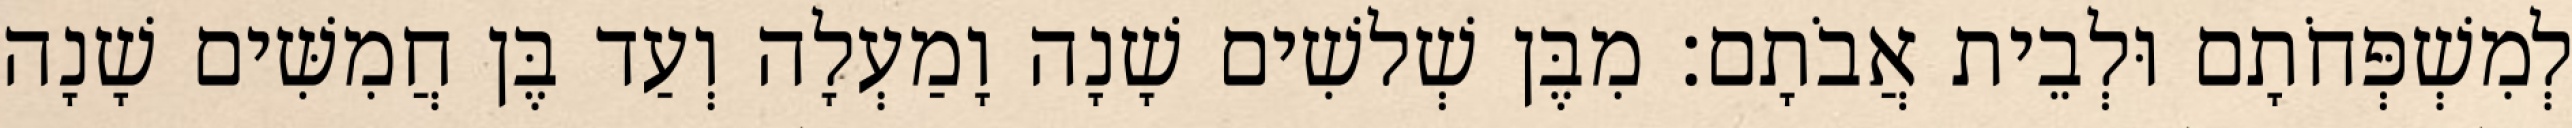
לְמִשְׁפְּחֹתָם וּלְבֵית אֲבֹתָם׃ מִבֶּן שְׁלשִׁים שָׁנָה וָמַעְלָה וְעַד בֶּן חֲמִשִּׁים שָׁנָה